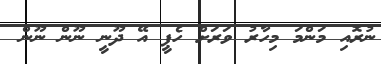
ނުރޮއި މަންމަ މިހާރު ވަރަށް ހެޕީ އޭ ދޫނީ ނޫން ނޫން